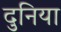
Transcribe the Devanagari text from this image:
दुनिया